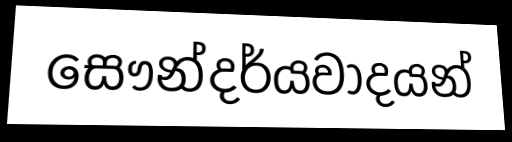
සෞන්දර්යවාදයන්